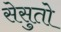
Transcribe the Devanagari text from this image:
सेसुतो